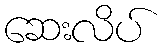
ဆေးလိပ်